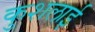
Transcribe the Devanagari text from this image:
कुशलाई